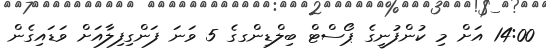
14:00 އަށް މި ކުންފުނީގެ ޕޯސްޓް ބިލްޑިންގގެ 5 ވަނަ ފަންގިފިލާއަށް ވަޑައިގެން